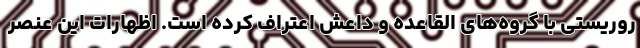
روریستی با گروه‌های القاعده و داعش اعتراف کرده است. اظهارات این عنصر